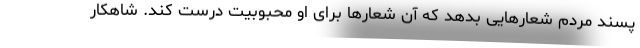
پسند مردم شعارهایی بدهد که آن شعارها برای او محبوبیت درست کند. شاهکار